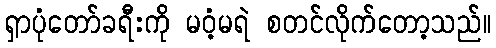
ရှာပုံတော်ခရီးကို မဝံ့မရဲ စတင်လိုက်တော့သည်။